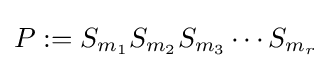
P:=S_{m_{1}}S_{m_{2}}S_{m_{3}}\cdots S_{m_{r}}